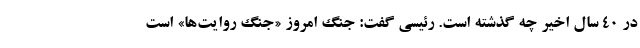
در ۴۰ سال اخیر چه گذشته است. رئیسی گفت: جنگ امروز «جنگ روایت‌ها» است